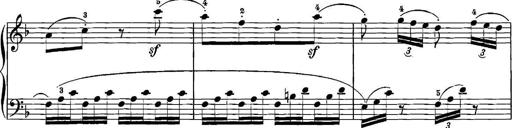
Title: 12 Sonatinas
Composer: Ignaz Pleyel